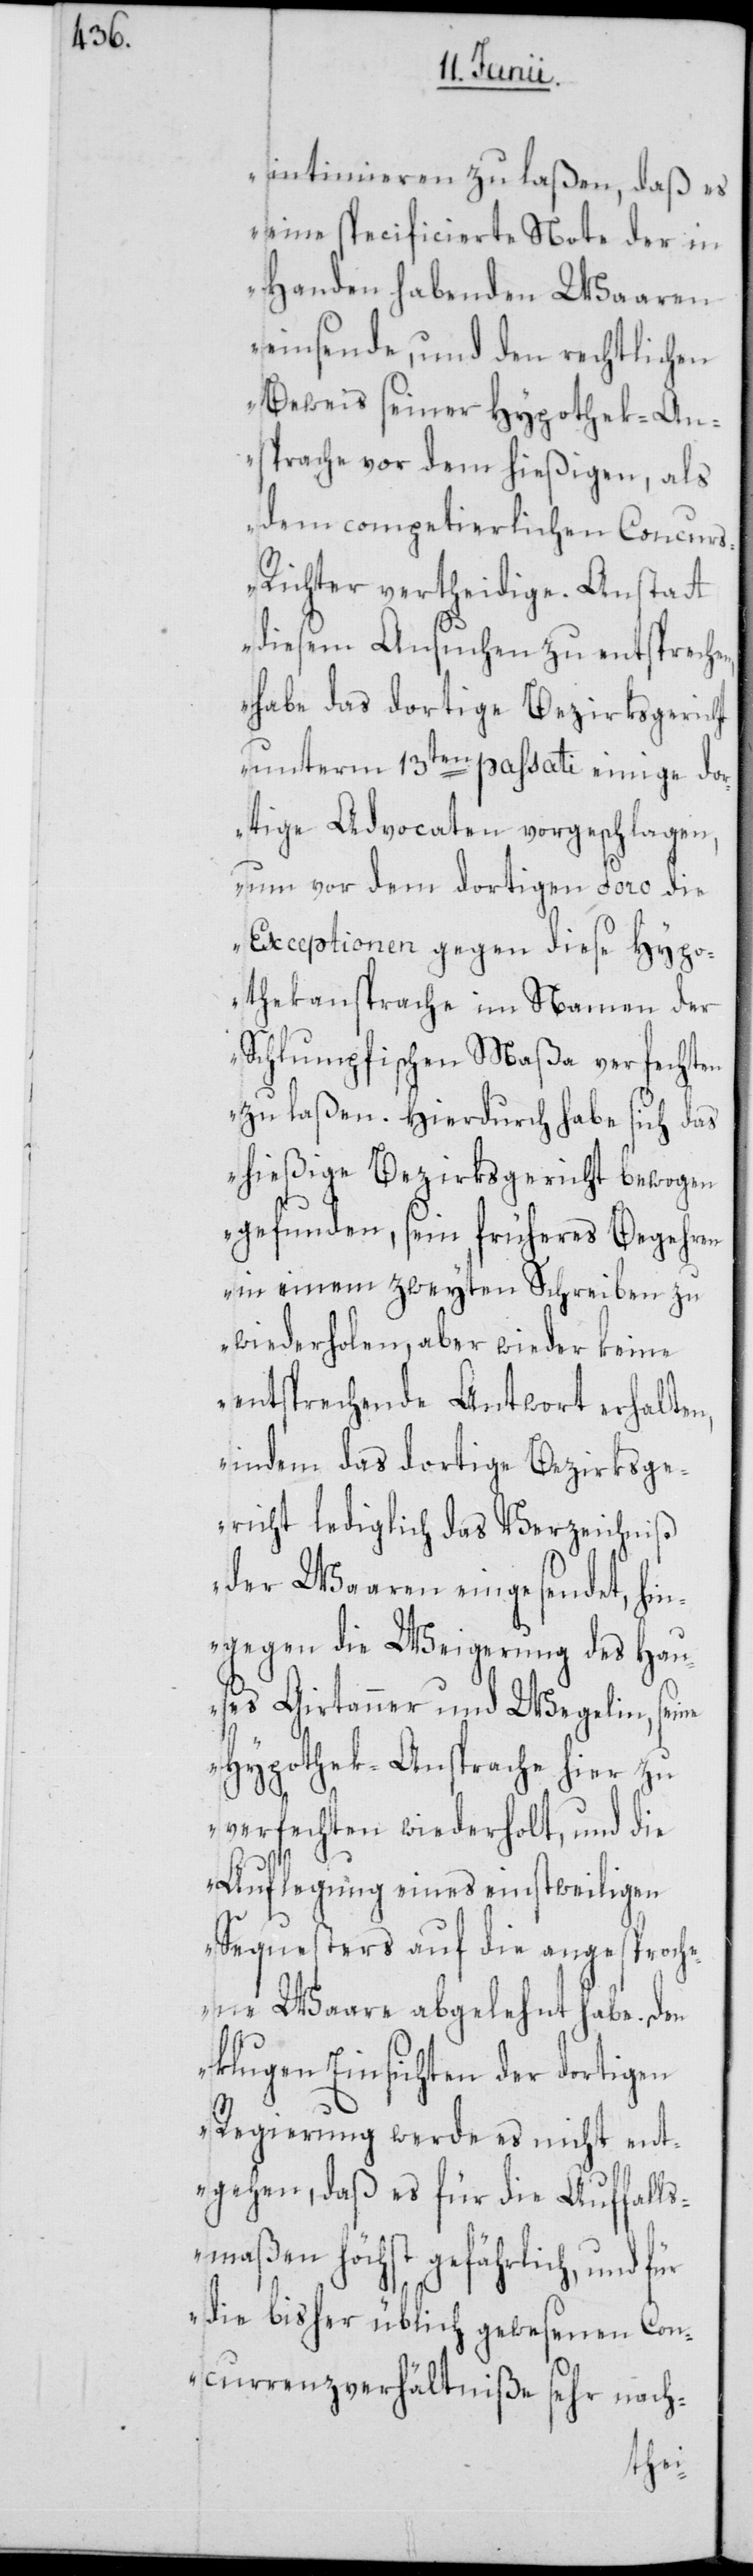
intimieren zu laßen, daß es
eine specificierte Note der in
Handen habenden Waaren
einsende, und den rechtlichen
Beweis seiner Hypothek-An¬
sprache vor dem hießigen, als
dem competierlichen Concur¬
s-Richter vertheidige. Anstatt
diesem Ansuchen zu entsprech¬
habe das dortige Bezirksgericht
unterm 13ten passati einige dor¬
tige Advocaten vorgeschlagen,
um von dem dortigen Foro die
Exceptionen gegen diese Hypo¬
thekansprache im Namen der
Schlumpfischen Maßa verfechten
zu laßen. Hierdurch habe sich das
hießige Bezirksgericht bewogen
gefunden, sein früheres Begehren
in einem zweyten Schreiben zu
wiederholen, aber wieder keine
entsprechende Antwort erhalten,
indem das dortige Bezirksge¬
richt lediglich das Verzeichnis
der Waaren eingesendet, hin¬
gegen die Weigerung des Hau¬
ses Girtanner & Wegelin, seine
Hypothek-Ansprache hier zu
verfechten wiederholt, und die
Auflegung eines einstweiligen
Sequesters auf die angesproche¬
ne Waare abgelehnt habe. Den
klugen Einsichten der dortigen
Regierung werde es nicht ent¬
gehen, daß es für die Auffalls¬
maßen höchst gefährlich, und für
die bisher üblich gewesenen Con¬
currenzverhältniße sehr nach-
en,